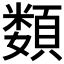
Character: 𩔗